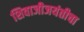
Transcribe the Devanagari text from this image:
शिवाजीजयंतीचा